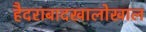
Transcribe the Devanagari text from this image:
हैदराबादखालोखाल